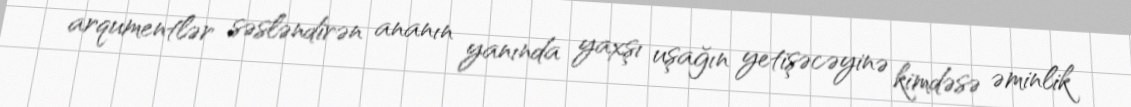
arqumentlər səsləndirən ananın yanında yaxşı uşağın yetişəcəyinə kimdəsə əminlik